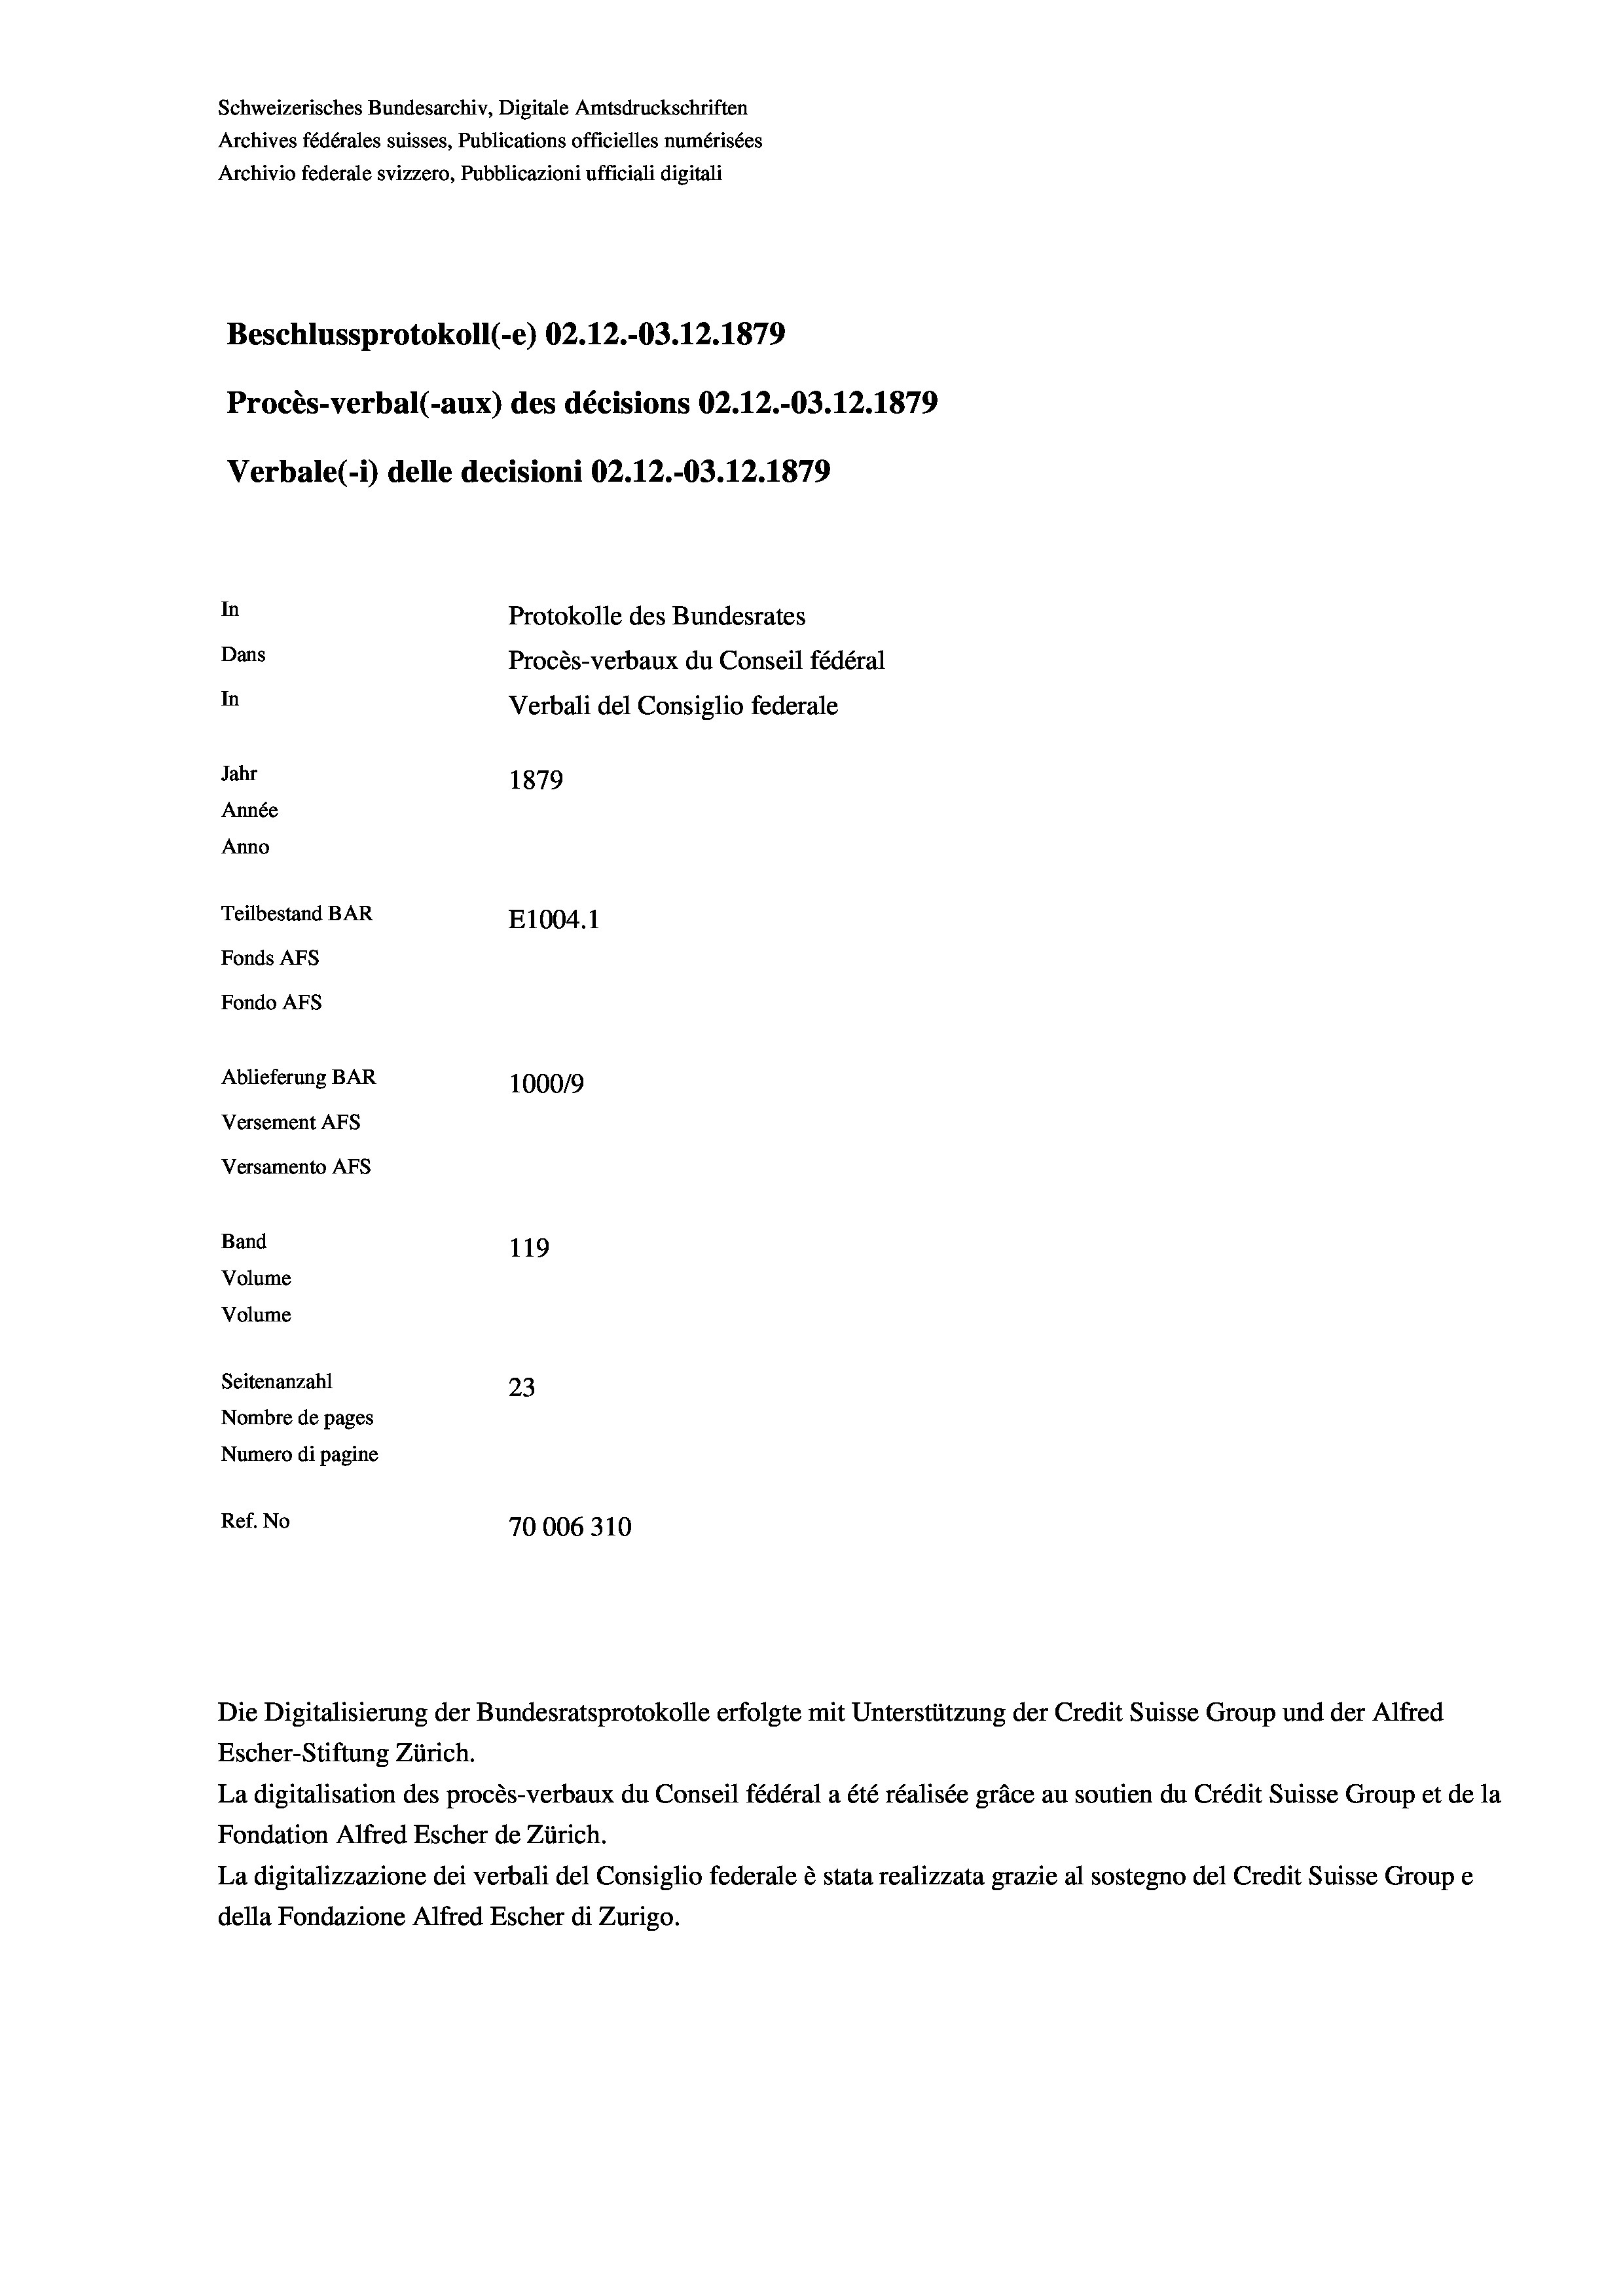
Schweizerisches Bundesarchiv, Digitale Amtsdruckschriften
Archives fédérales suisses, Publications officielles numérisées
Archivio federale svizzero, Pubblicazioni ufficiali digitali
Beschlussprotokoll (-e) 02.12.-03.12.1879
Procès-verbal (-aux) des décisions 02.12.-03.12.1879
Verbale (- 1) delle decisioni 02.12.-03.12.1879
In
Protokolle des Bundesrates
Dans
Procès-verbaux du Conseil fédéral
In
Verbali del Consiglio federale
Jahr
1879
Année
Anno
Teilbestand BAR
E1004.1
Fonds AFs
Fondo AFs
Ablieferung BAR
100019
Versement AFs
Versamento AFs
Band
119
Volume
Volume

Seitenanzahl
23
Nombre de pages
Numero di pagine
Ref. No
70006310

Die Digitalisierung der Bundesratsprotokolle erfolgte mit Unterstützung der Credit Suisse Group und der Alfred
Escher-Stiftung Zürich.
La digitalisation des procès-verbaux du Conseil fédéral a été réalisée gräce au soutien du Crédit Suisse Group et de la
Fondation Alfred Escher de Zürich.
La digitalizzazione dei verbali del Consiglio federale è stata realizzata grazie al sostegno del Credit Suisse Groupe
della Fondazione Alfred Escher di Zurigo.